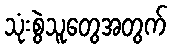
သုံးစွဲသူတွေအတွက်